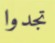
تجدوا